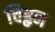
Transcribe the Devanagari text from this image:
चिहृन